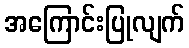
အကြောင်းပြုလျက်